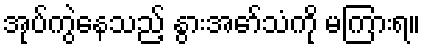
အုပ်ကွဲနေသည့် နွားအော်သံကို မကြားရ။